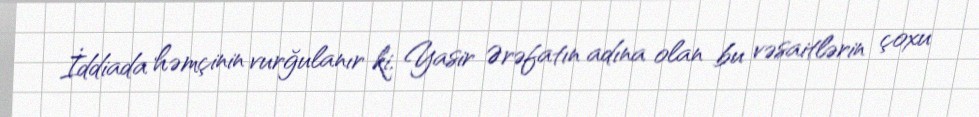
İddiada həmçinin vurğulanır ki, Yasir Ərəfatın adına olan bu vəsaitlərin çoxu